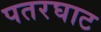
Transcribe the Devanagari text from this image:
पतरघाट